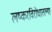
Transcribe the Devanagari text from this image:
लष्करविरोधातल्या